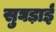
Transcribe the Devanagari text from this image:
सुघड़ाई